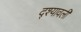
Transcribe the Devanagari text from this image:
द्श्यावली